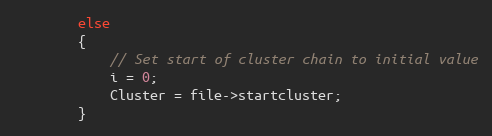
Language: C
        else
        {
            // Set start of cluster chain to initial value
            i = 0;
            Cluster = file->startcluster;
        }